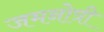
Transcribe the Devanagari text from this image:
जमनोत्री